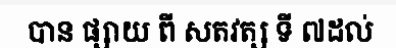
បាន ផ្សាយ ពី សតវត្ស ទី ៧ដល់